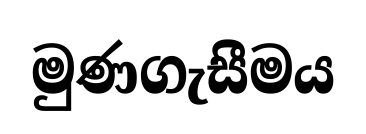
මුණගැසීමය